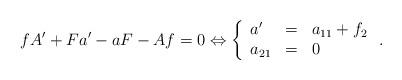
LaTeX: \begin{align*} fA'+Fa'-aF-Af = 0 \Leftrightarrow \left\{\begin{array}{lcl} a'&= & a_{11} + f_{2}\\ a_{21} & = & 0 \end{array}\right. . \end{align*}